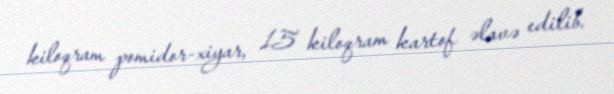
kiloqram pomidor-xiyar, 15 kiloqram kartof əlavə edilib.